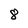
Character: 8